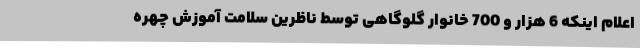
اعلام اینکه 6 هزار و 700 خانوار گلوگاهی توسط ناظرین سلامت آموزش چهره